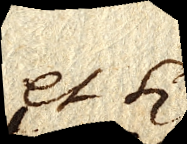
et si